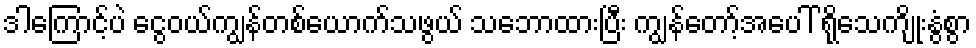
ဒါကြောင့်ပဲ ငွေဝယ်ကျွန်တစ်ယောက်သဖွယ် သဘောထားပြီး ကျွန်တော့်အပေါ် ရိုသေကျိုးနွံစွာ